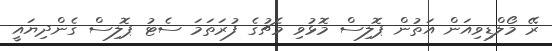
ރޭ މޯލްޑިވިއަން އަތުން ޕޮލިސް މޮޅުވި މެޗުގެ ފުރަތަމަ ސެޓު ޕޮލިސް ގެންދިޔައީ